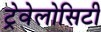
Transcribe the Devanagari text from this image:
ट्रेवेलोसिटी